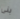
بنى